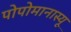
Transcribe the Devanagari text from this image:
पोपोमानास्यू